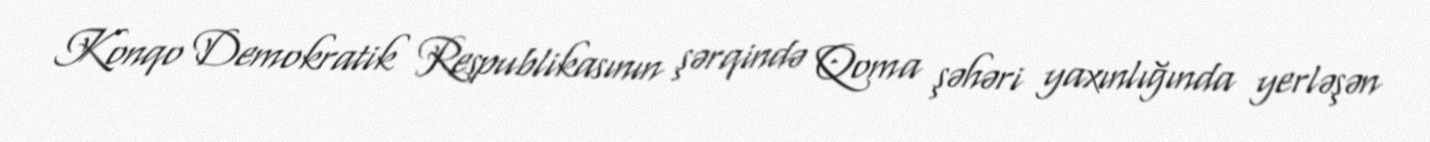
Konqo Demokratik Respublikasının şərqində Qoma şəhəri yaxınlığında yerləşən